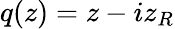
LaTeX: q(z)=z-iz_{R}